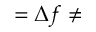
= \Delta f \ne